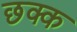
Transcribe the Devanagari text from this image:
छक्क